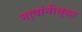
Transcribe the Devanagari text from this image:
ना्वांनीसुद्धा